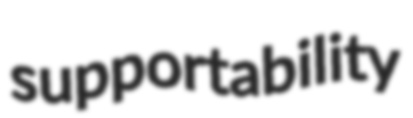
supportability